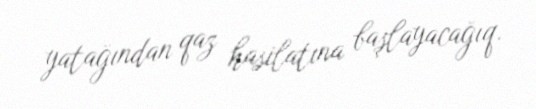
yatağından qaz hasilatına başlayacağıq.